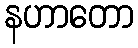
နဟာတော